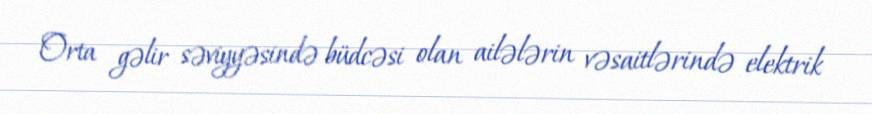
Orta gəlir səviyyəsində büdcəsi olan ailələrin vəsaitlərində elektrik